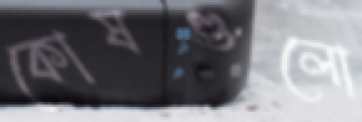
কোষগুলো